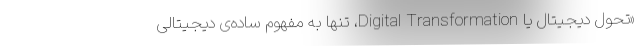
«تحول دیجیتال یا Digital Transformation، تنها به مفهوم ساده‌ی دیجیتالی